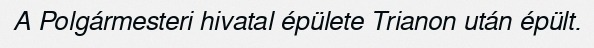
A Polgármesteri hivatal épülete Trianon után épült.